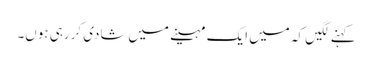
کہنے لگیں کہ میں ایک مہینے میں‌شادی کررہی ہوں۔